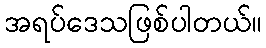
အရပ်ဒေသဖြစ်ပါတယ်။